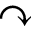
\curvearrowright